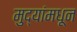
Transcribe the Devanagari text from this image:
मुद्यांमधून